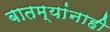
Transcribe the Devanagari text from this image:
बातम्यांनाही